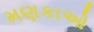
મણકાઓ